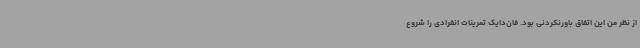
از نظر من این اتفاق باورنکردنی بود. فان‌دایک تمرینات انفرادی را شروع